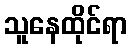
သူနေထိုင်ရာ